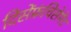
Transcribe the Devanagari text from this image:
दिसेंफ्रंचिसेमेंट